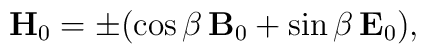
{\bf H}_0=\pm( \cos\beta\, {\bf B}_0 +\sin\beta\, {\bf E}_0 ),